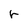
Character: r